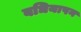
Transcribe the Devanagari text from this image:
बधियापन